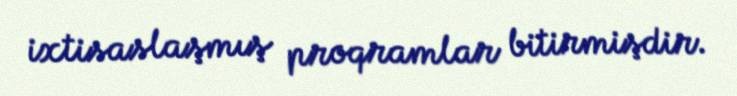
ixtisaslaşmış proqramlar bitirmişdir.